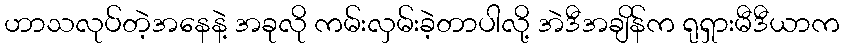
ဟာသလုပ်တဲ့အနေနဲ့ အခုလို ကမ်းလှမ်းခဲ့တာပါလို့ အဲဒီအချိန်က ရုရှားမီဒီယာက